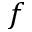
f